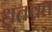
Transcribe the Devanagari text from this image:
धृतव्रत